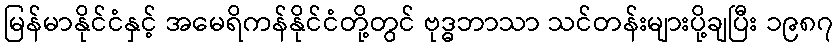
မြန်မာနိုင်ငံနှင့် အမေရိကန်နိုင်ငံတို့တွင် ဗုဒ္ဓဘာသာ သင်တန်းများပို့ချပြီး ၁၉၈၇